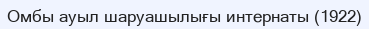
Омбы ауыл шаруашылығы интернаты (1922)